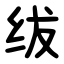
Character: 绂